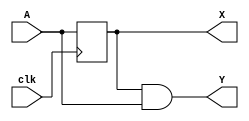
module prob_1c (
  input A, clk,
  output reg X, Y
);
  assign Y = X & A;
  always @(posedge clk) begin
    X <= A;
  end
endmodule